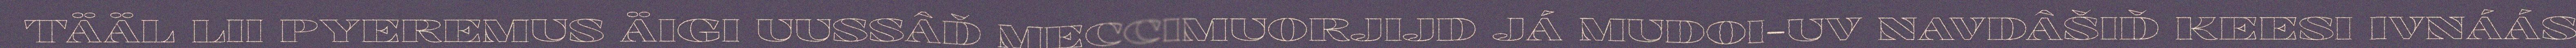
TÄÄL LII PYEREMUS ÄIGI UUSSÂĐ MECCIMUORJIJD JÁ MUDOI-UV NAVDÂŠIĐ KEESI IVNÁÁS